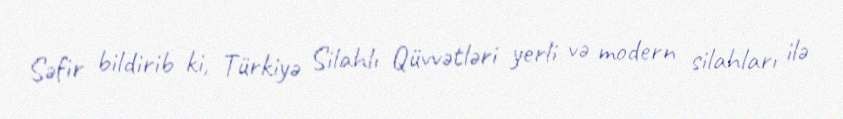
Səfir bildirib ki, Türkiyə Silahlı Qüvvətləri yerli və modern silahları ilə